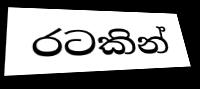
රටකින්